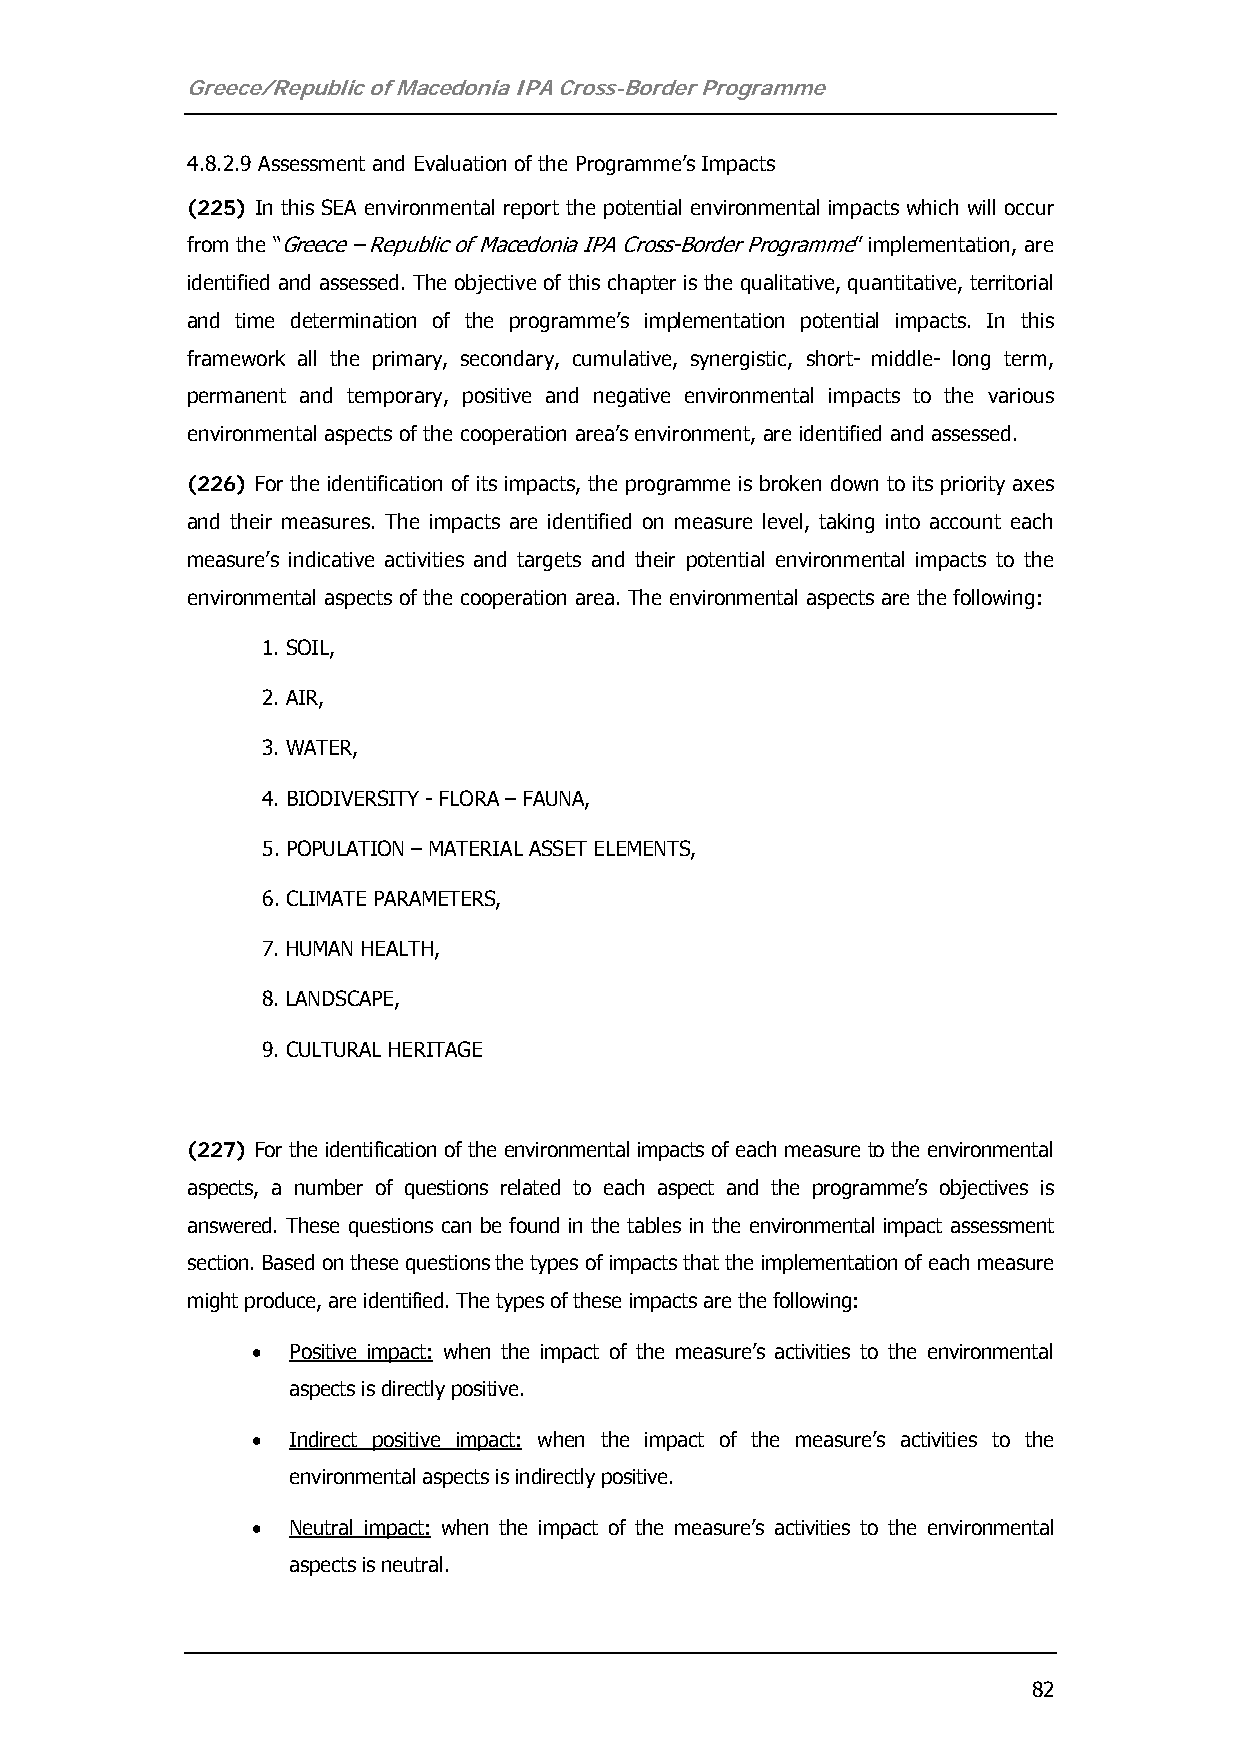
Greece/Republic of Macedonia IPA Cross-Border Programme
 4.8.2.9 Assessment and Evaluation of the Programme’s Impacts
 (225) In this SEA environmental report the potential environmental impacts which will occur
 from the “Greece – Republic of Macedonia IPA Cross-Border Programme” implementation, are
 identified and assessed. The objective of this chapter is the qualitative, quantitative, territorial
 and time determination of the programme’s implementation potential impacts. In this
 framework all the primary, secondary, cumulative, synergistic, short- middle- long term,
 permanent and temporary, positive and negative environmental impacts to the various
 environmental aspects of the cooperation area’s environment, are identified and assessed.
 (226) For the identification of its impacts, the programme is broken down to its priority axes
 and their measures. The impacts are identified on measure level, taking into account each
 measure’s indicative activities and targets and their potential environmental impacts to the
 environmental aspects of the cooperation area. The environmental aspects are the following:
 1. SOIL,
 2. AIR,
 3. WATER,
 4. BIODIVERSITY - FLORA – FAUNA,
 5. POPULATION – MATERIAL ASSET ELEMENTS,
 6. CLIMATE PARAMETERS,
 7. HUMAN HEALTH,
 8. LANDSCAPE,
 9. CULTURAL HERITAGE
 (227) For the identification of the environmental impacts of each measure to the environmental
 aspects, a number of questions related to each aspect and the programme’s objectives is
 answered. These questions can be found in the tables in the environmental impact assessment
 section. Based on these questions the types of impacts that the implementation of each measure
 might produce, are identified. The types of these impacts are the following:
 • Positive impact: when the impact of the measure’s activities to the environmental
 aspects is directly positive.
 • Indirect positive impact: when the impact of the measure’s activities to the
 environmental aspects is indirectly positive.
 • Neutral impact: when the impact of the measure’s activities to the environmental
 aspects is neutral.
 82